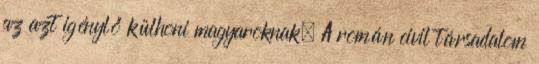
az azt igénylő külhoni magyaroknak. A román civil társadalom